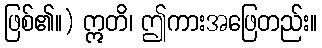
ဖြစ်၏။) ဣတိ၊ ဤကားအဖြေတည်း။